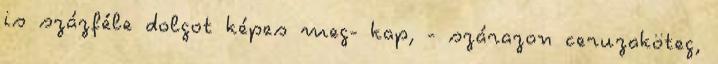
is százféle dolgot képes meg- kap, - szárazon ceruzaköteg,